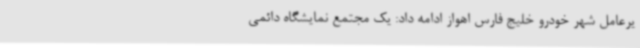
یرعامل شهر خودرو خلیج فارس اهواز ادامه داد: یک مجتمع نمایشگاه دائمی